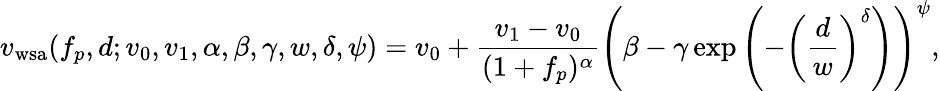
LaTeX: v_{\mathrm{wsa}}(f_{p},d;v_{0},v_{1},\alpha,\beta,\gamma,w,\delta,\psi)=v_{0}+\frac{v_{1}-v_{0}}{(1+f_{p})^{\alpha}}\left(\beta-\gamma\exp\left(-\left(\frac{d}{w}\right)^{\delta}\right)\right)^{\psi},